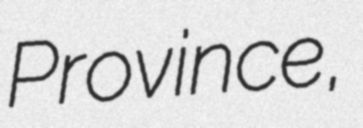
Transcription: Province,